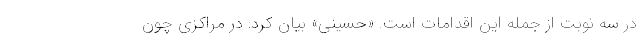
در سه نوبت از جمله این اقدامات است. «حسینی» بیان کرد: در مراکزی چون